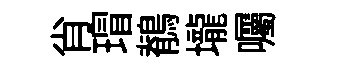
肖瑁鶺壠囑